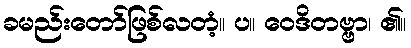
ခမည်းတော်ဖြစ်လတံ့။ ပ။ ဝေဒိတဗ္ဗာ၊ ၏။